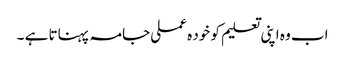
اب وہ اپنی تعلیم کو خود ہ عملی جامہ پہناتا ہے ۔